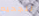
للجحيم